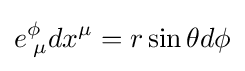
e_{\;\mu }^{\phi }dx^{\mu }=r\sin \theta d\phi